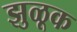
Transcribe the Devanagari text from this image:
झुळूक